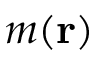
m ( \mathbf { r } )